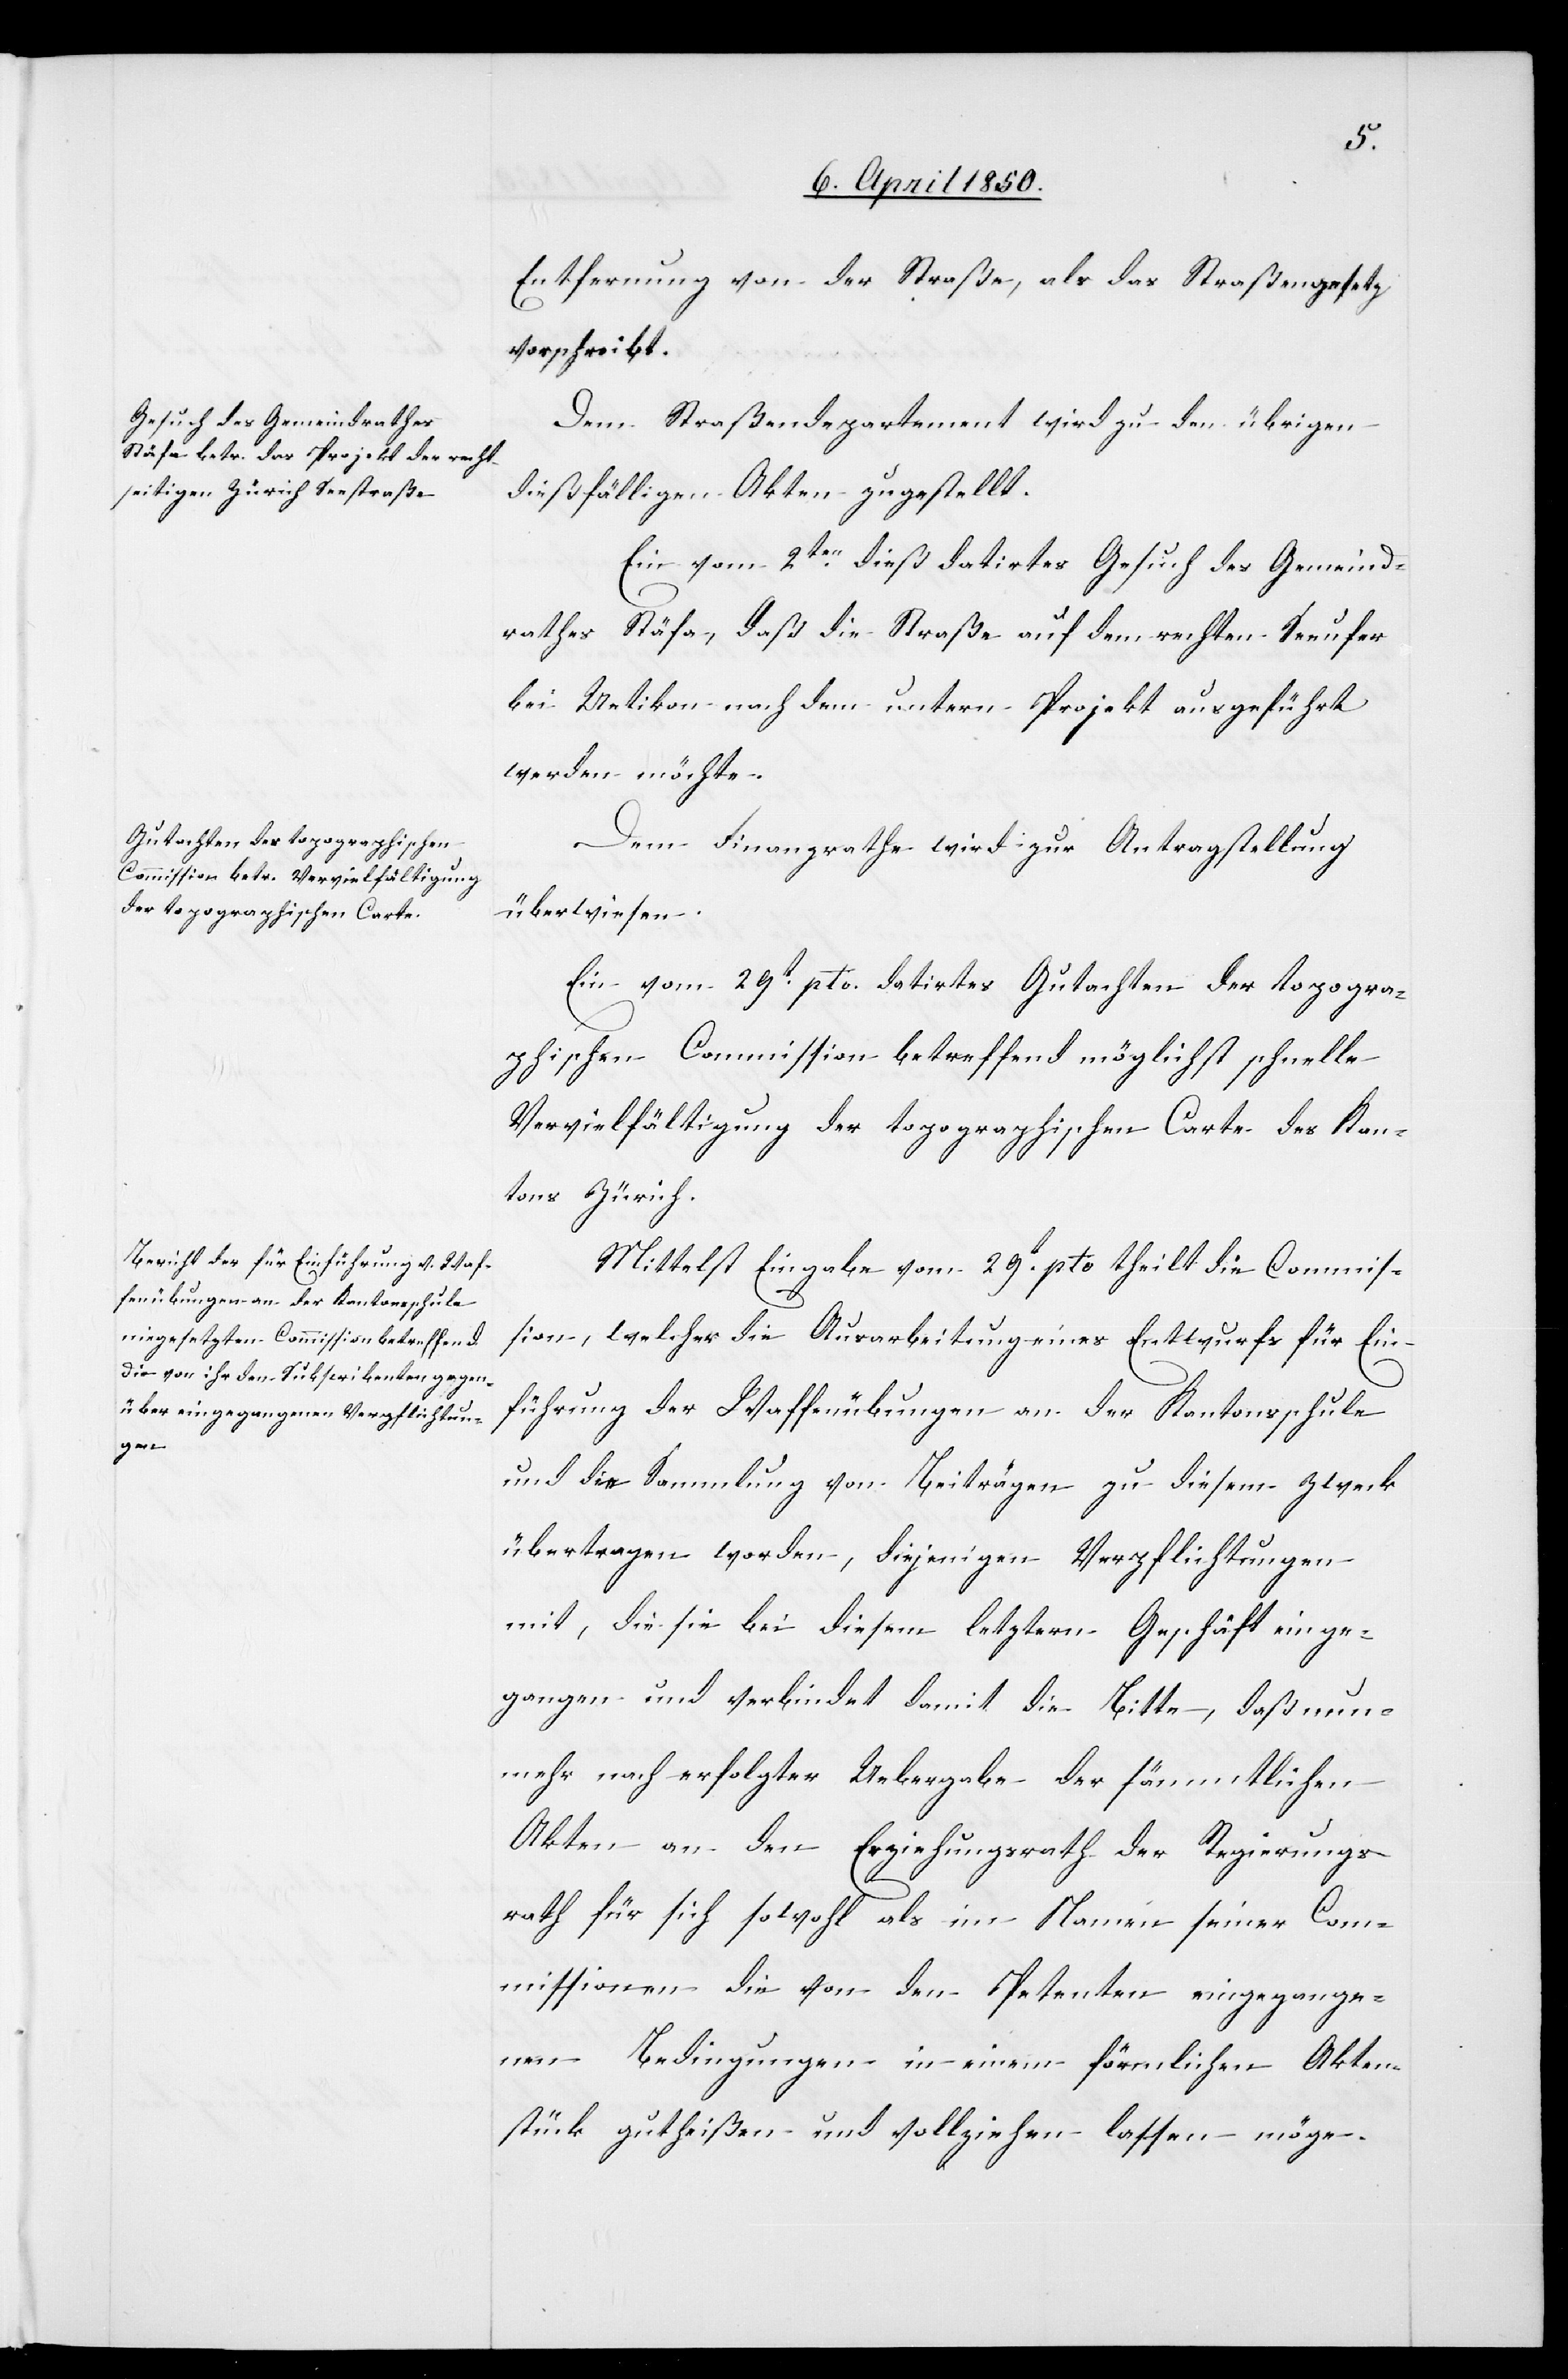
Entfernung von der Straße, als das Straßengesetz
vorschreibt.
Dem Straßendepartement wird zu den übrigen
dießfälligen Akten zugestellt.
Ein vom 2ten dieß datirtes Gesuch des Gemeind¬
rathes Stäfa, daß die Straße auf dem rechten Seeufer
bei Uetikon nach dem untern Projekt ausgeführt
werden möchte.
Dem Finanzrathe wird zur Antragstellung
überwiesen.
Ein vom 29t pto datirtes Gutachten der topogra¬
phischen Commission betreffend möglichst schnelle
Vervielfältigung der topographischen Carte des Kan¬
tons Zürich.
Mittelst Eingabe vom 29t pto theilt die Commis¬
sion, welcher die Ausarbeitung eines Entwurfs für Ein¬
führung der Waffenübungen an der Kantonsschule
und die Sammlung von Beiträgen zu diesem Zweck
übertragen worden, diejenigen Verpflichtungen
mit, die sie bei diesem letztern Geschäft einge¬
gangen und verbindet damit die Bitte, daß nun¬
mehr nach erfolgter Uebergabe der sämmtlichen
Akten an den Erziehungsrath der Regierungs¬
rath für sich sowohl als im Namen seiner Com¬
missionen die von den Petenten eingegange¬
nen Bedingungen in einem förmlichen Akten¬
stück gutheißen und vollziehen lassen möge.